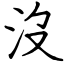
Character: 沒